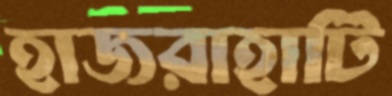
হাজরাহাটি